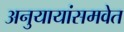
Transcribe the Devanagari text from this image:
अनुयायांसमवेत